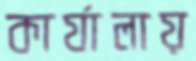
কার্যালায়